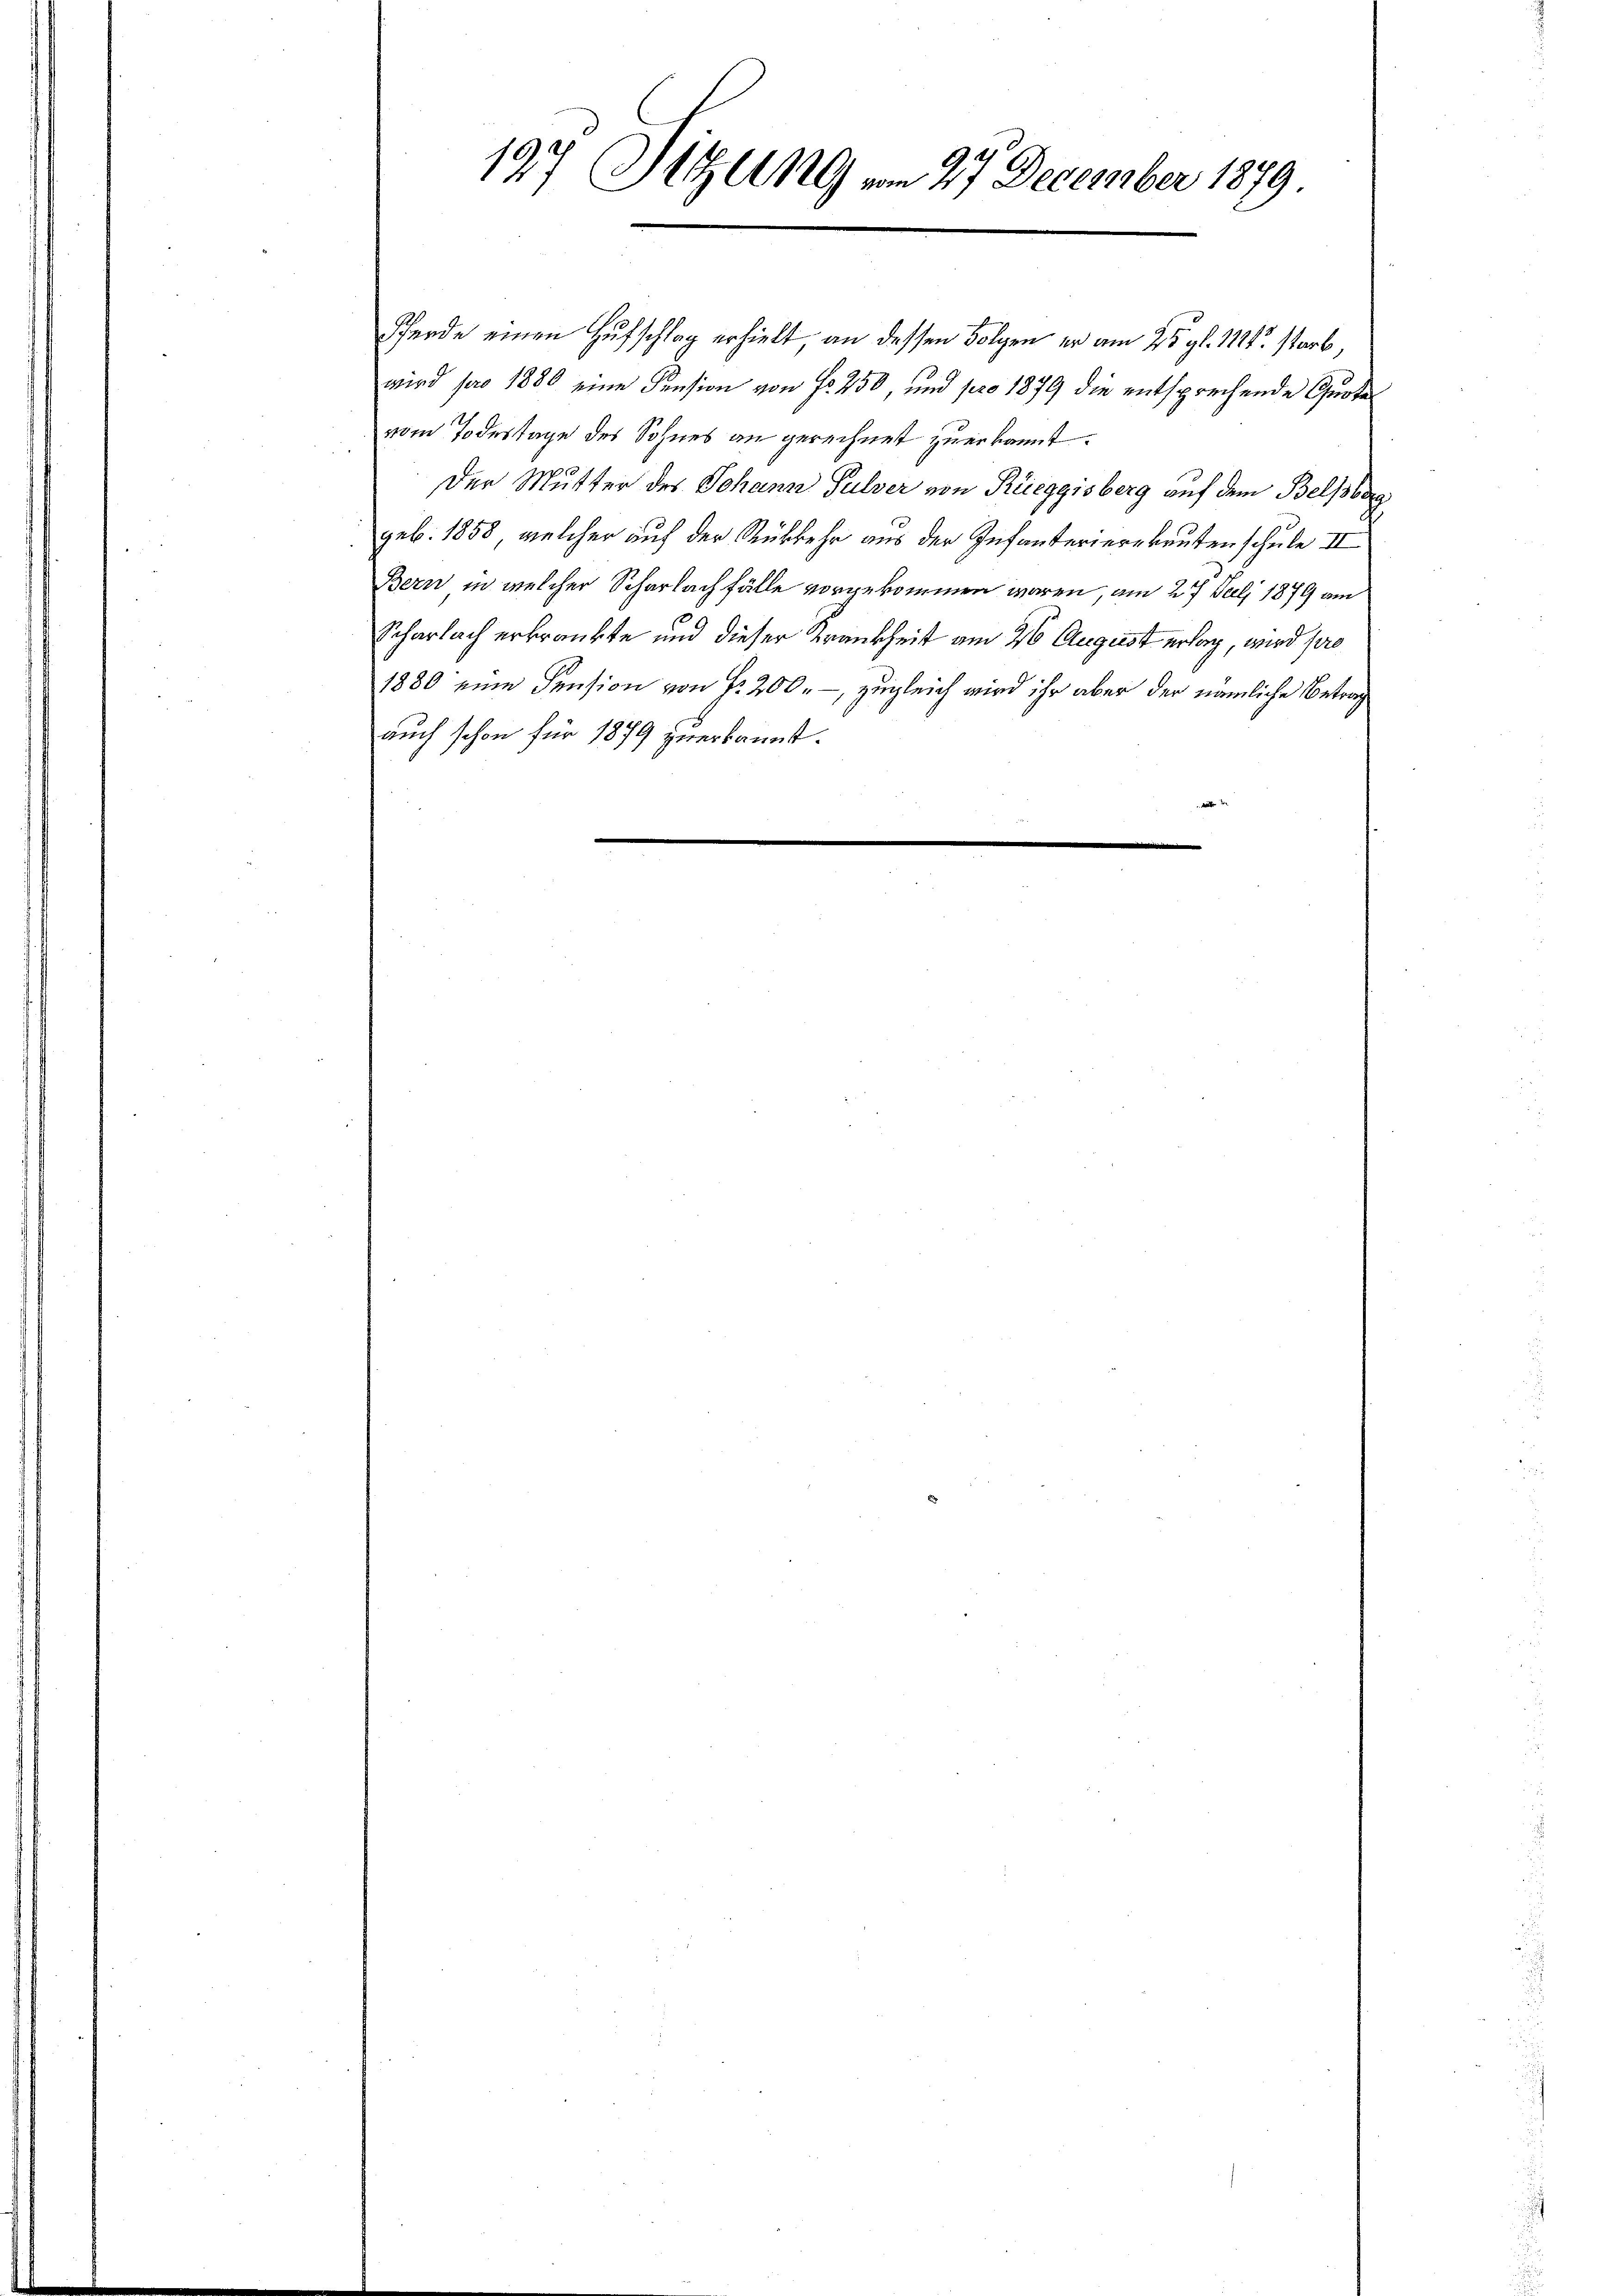
127 Sitzung vom 27. December 1879

Pferde einen Hufschlag erhielt, an dessen Folgen er am 25. gl. 1121 starb,
wird pro 1880 eine Pension von Fr. 250, und pro 1879 die entsprechende Quote
vom Todestage des Sohnes an gerechnet zuerkannt.
Der Mutter des Johann Pulver von Rüeggisberg auf dem Belfsberg
geb. 1858, welcher auf der Rückkehr aus der Infanterierekruten schule II
Bern in welcher Scharlach fälle vorgekommen waren, am 27. Juli 1879 am
Scharlach erkränkte und dieser Krankheit am 26 August erlag, wird pro
1880 eine Pension von Fr. 200.-, zugleich wird ihr aber der nämliche Betrag
auch schon für 1879 zuerkannt.
w